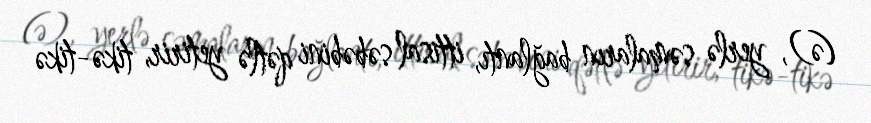
(ə), yerlə səmaların bağlantı, ittisal səbəbini qətlə yetirir, tikə-tikə